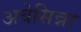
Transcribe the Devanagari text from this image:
अवेसिन्ना